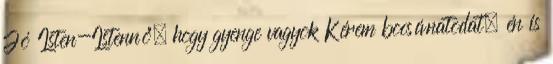
Jó Isten-Istennő, hogy gyenge vagyok Kérem bocsánatodat; én is